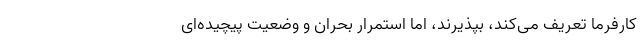
کارفرما تعریف می‌کند، بپذیرند، اما استمرار بحران و وضعیت پیچیده‌ای